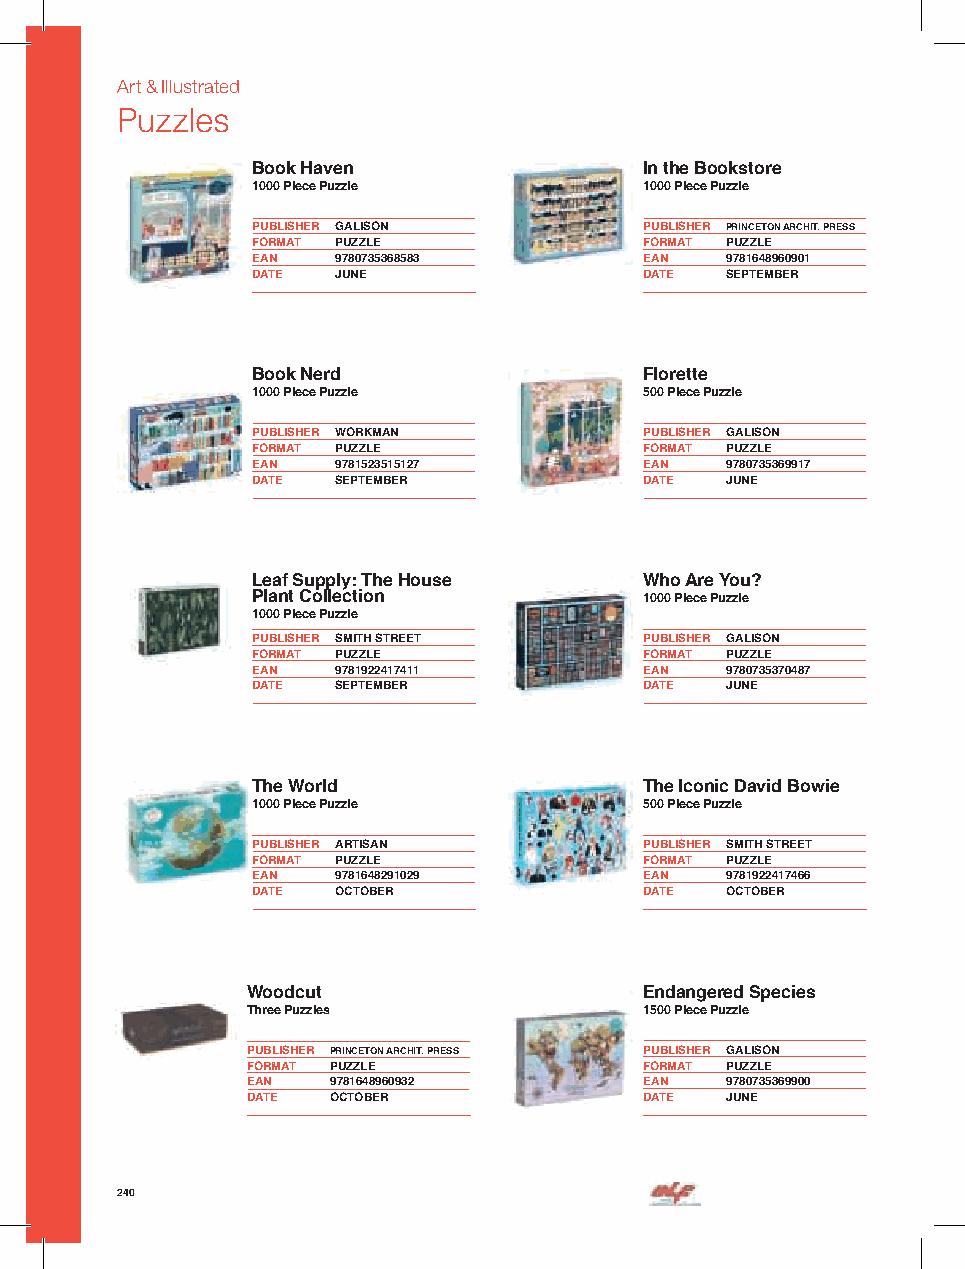
Art & Illustrated
 Puzzles
 Book Haven                In the Bookstore
 1000 Piece Puzzle         1000 Piece Puzzle
 PUBLISHER GALISON         PUBLISHER PRINCETON ARCHIT. PRESS
 FORMAT PUZZLE             FORMAT PUZZLE
 EAN  9780735368583        EAN  9781648960901
 DATE JUNE                 DATE SEPTEMBER
 Book Nerd                 Florette
 1000 Piece Puzzle         500 Piece Puzzle
 PUBLISHER WORKMAN         PUBLISHER GALISON
 FORMAT PUZZLE             FORMAT PUZZLE
 EAN  9781523515127        EAN  9780735369917
 DATE SEPTEMBER            DATE JUNE
 Leaf Supply: The House    Who Are You?
 Plant Collection          1000 Piece Puzzle
 1000 Piece Puzzle         Page-a-Day Calendar
 PUBLISHER SMITH STREET    PUBLISHER GALISON
 FORMAT PUZZLE             FORMAT PUZZLE
 EAN  9781922417411        EAN  9780735370487
 DATE SEPTEMBER            DATE JUNE
 The World                 The Iconic David Bowie
 1000 Piece Puzzle         500 Piece Puzzle
 PUBLISHER ARTISAN         PUBLISHER SMITH STREET
 FORMAT PUZZLE             FORMAT PUZZLE
 EAN  9781648291029        EAN  9781922417466
 DATE OCTOBER              DATE OCTOBER
 Woodcut                    Endangered Species
 Three Puzzles              1500 Piece Puzzle
 PUBLISHER PRINCETON ARCHIT. PRESS PUBLISHER GALISON
 FORMAT PUZZLE              FORMAT PUZZLE
 EAN   9781648960932        EAN  9780735369900
 DATE  OCTOBER              DATE JUNE
 240